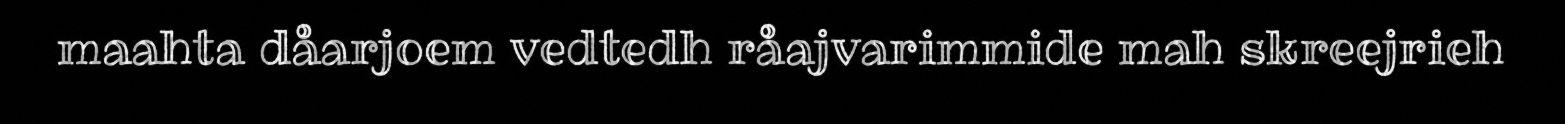
maahta dåarjoem vedtedh råajvarimmide mah skreejrieh